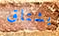
يشتاق